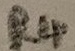
Text: R4